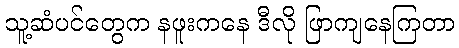
သူ့ဆံပင်တွေက နဖူးကနေ ဒီလို ဖြာကျနေကြတာ